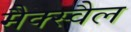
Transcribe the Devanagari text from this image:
मैक्स्वैल